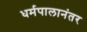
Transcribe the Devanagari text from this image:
धर्मपालानंतर